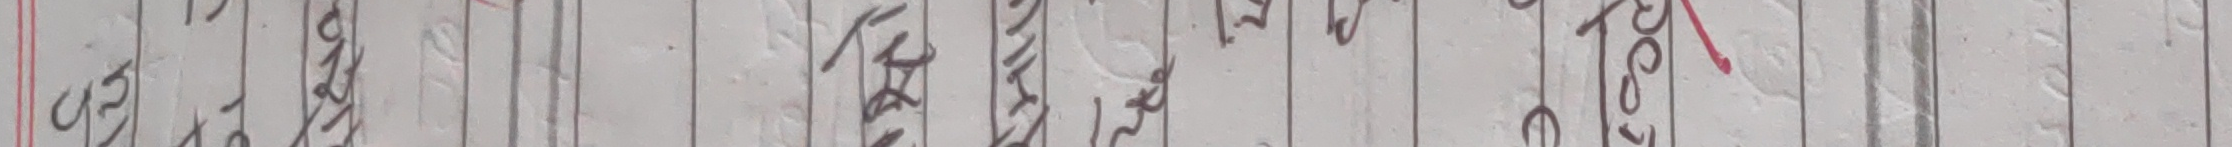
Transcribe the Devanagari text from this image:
एकेन्ट भयो।